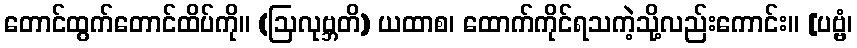
တောင်ထွက်တောင်ထိပ်ကို။ (ဩလုဗ္ဘတိ) ယထာစ၊ ထောက်ကိုင်ရသကဲ့သို့လည်းကောင်း။ [ပဗ္ဗံ၊